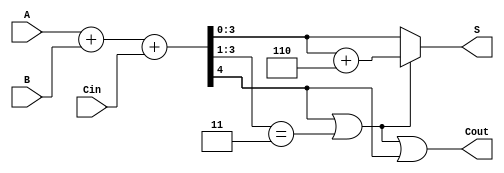
module BCD_Ripple_Carry_Adder (
    input  [3:0] A,      // BCD input A
    input  [3:0] B,      // BCD input B
    input        Cin,     // Carry-in
    output [3:0] S,      // BCD sum output
    output       Cout     // Carry-out
);

    wire [4:0] sum;      // 5-bit sum to accommodate carry
    wire correction;      // Correction signal

    // Step 1: Compute the initial sum using a ripple carry adder
    assign sum = A + B + Cin;

    // Step 2: Determine if correction is needed
    assign correction = (sum[4] || (sum[3:1] == 3'b011));

    // Step 3: Compute the corrected sum
    wire [4:0] corrected_sum;
    assign corrected_sum = sum + 5'b00110; // Add 6 (0110 in binary) for correction

    // Step 4: Select the final sum based on correction
    assign S = correction ? corrected_sum[3:0] : sum[3:0];
    
    // Step 5: Determine the carry-out
    assign Cout = correction || sum[4];

endmodule